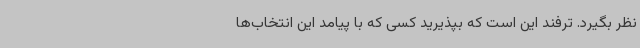
نظر بگیرد. ترفند این است که بپذیرید کسی که با پیامد این انتخاب‌ها